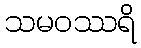
သမဝဿရိ